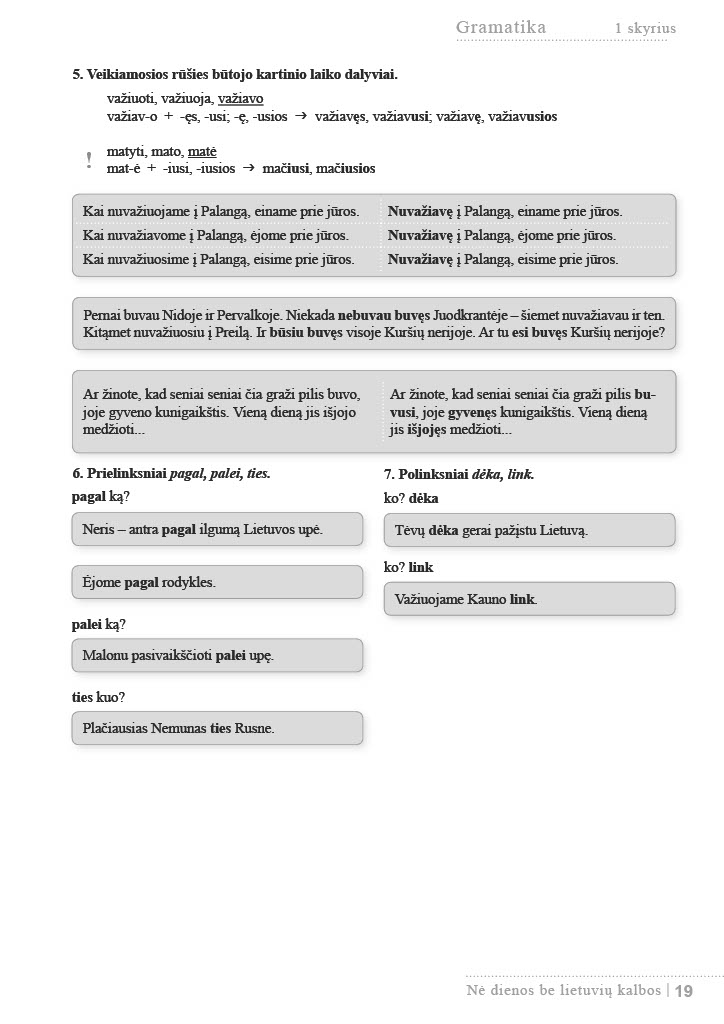
Language: lt